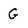
Character: G